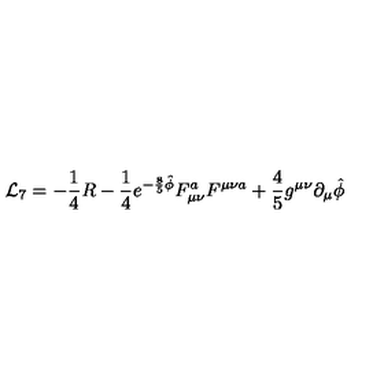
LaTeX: { \cal L } _ { 7 } = - { \frac { 1 } { 4 } } R - { \frac { 1 } { 4 } } e ^ { - { \frac { 8 } { 5 } } \hat { \phi } } F _ { \mu \nu } ^ { a } F ^ { \mu \nu a } + { \frac { 4 } { 5 } } g ^ { \mu \nu } \partial _ { \mu } \hat { \phi }